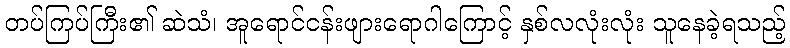
တပ်ကြပ်ကြီး၏ ဆဲသံ၊ အူရောင်ငန်းဖျားရောဂါကြောင့် နှစ်လလုံးလုံး သူနေခဲ့ရသည့်